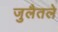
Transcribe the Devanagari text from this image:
जुलैतले